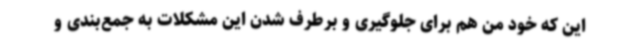
این که خود من هم برای جلوگیری و برطرف شدن این مشکلات به جمع‌بندی و